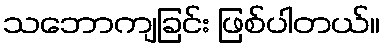
သဘောကျခြင်း ဖြစ်ပါတယ်။